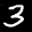
Label: 3